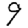
Digit: 9